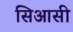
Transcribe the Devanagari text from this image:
सिआसी